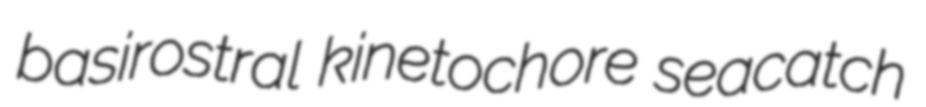
basirostral kinetochore seacatch